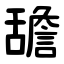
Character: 舚